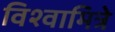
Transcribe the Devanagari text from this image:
विश्वामित्रे